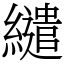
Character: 繾